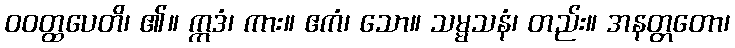
ဝဝတ္ထပေတိ၊ ၏။ ဣဒံ၊ ကား။ ဧကံ၊ သော။ သမ္မသနံ၊ တည်း။ အနတ္တတော၊